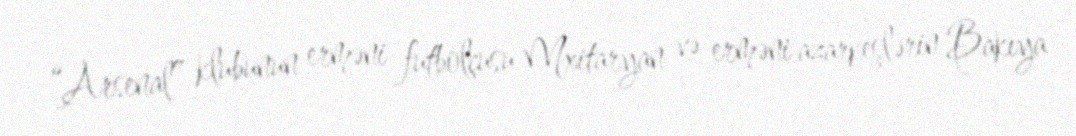
“Arsenal” klubunun erməni futbolçusu Mxitaryan və erməni azarkeşlərin Bakıya